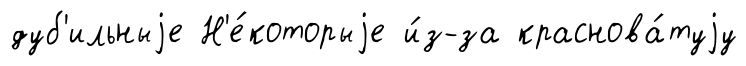
дуб'ильныjе Н'е́которыjе и́з-за краснова́туjу